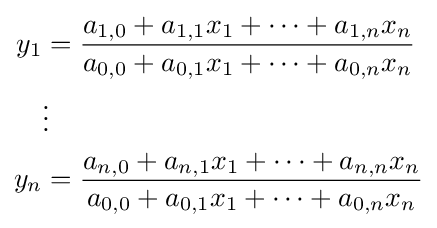
{\begin{aligned}y_{1}&={\frac {a_{1,0}+a_{1,1}x_{1}+\dots +a_{1,n}x_{n}}{a_{0,0}+a_{0,1}x_{1}+\dots +a_{0,n}x_{n}}}\\&\vdots \\y_{n}&={\frac {a_{n,0}+a_{n,1}x_{1}+\dots +a_{n,n}x_{n}}{a_{0,0}+a_{0,1}x_{1}+\dots +a_{0,n}x_{n}}}\end{aligned}}